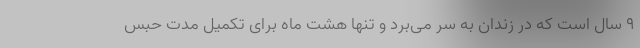
۹ سال است که در زندان به سر می‌برد و تنها هشت ماه برای تکمیل مدت حبس